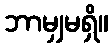
ဘာမျှမရှိ။